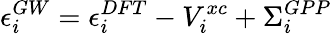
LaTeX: \epsilon_{i}^{GW}=\epsilon_{i}^{DFT}-V_{i}^{xc}+\Sigma_{i}^{GPP}